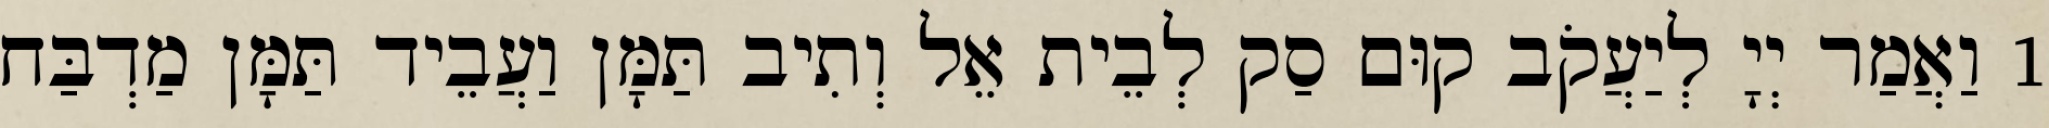
1 וַאֲמַר יְיָ לְיַעֲקֹב קוּם סַק לְבֵית אֵל וְתִיב תַּמָּן וַעֲבֵיד תַּמָּן מַדְבַּח